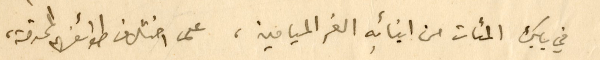
في بابك المئات من ابنائهِ الغر الميامين، على اختلاف طوائفهم المحترمة،